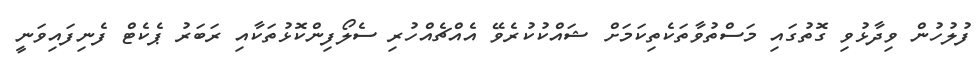
ފުލުހުން ވިދާޅުވި ގޮތުގައި މަސްތުވާތަކެތިކަމަށް ޝައްކުކުރެވޭ އެއްޗެއްހުރި ސެލޯފިންކޮޅުތަކާއި ރަބަރު ޕެކެޓް ފެނިފައިވަނީ